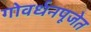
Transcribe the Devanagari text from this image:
गोवर्धनपूजेत